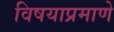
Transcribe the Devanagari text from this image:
विषयाप्रमाणे